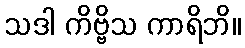
သဒါ ကိဗ္ဗိသ ကာရိဘိ။